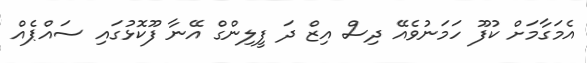
އެމަގާމަށް ކުފޫ ހަމަނުވެއޭ ދިސް އިޒް ދަ ފީލިންގް އޭނާ ފޫކޮޅުގައި ސައްޕެއް